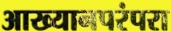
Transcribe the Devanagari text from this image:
आख्यानपरंपरा